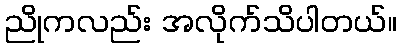
ညိုကလည်း အလိုက်သိပါတယ်။